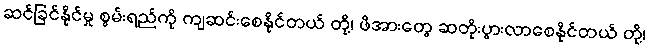
ဆင်ခြင်နိုင်မှု စွမ်းရည်ကို ကျဆင်းစေနိုင်တယ် တို့၊ ဖိအားတွေ ဆတိုးပွားလာစေနိုင်တယ် တို့၊